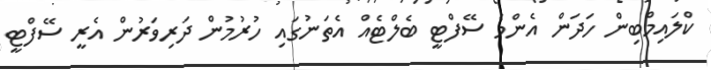
ކްލައިމްބިން ހަދަން އެންމެ ސޭފްޓީ ބެލްޓެއް އެތަނުގައި ހުރުމުން ދަރިވަރުން އެރީ ސޭފްޓީ